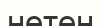
нетен